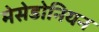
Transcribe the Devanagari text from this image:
मेसेडोनियन